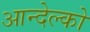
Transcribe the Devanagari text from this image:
आन्देल्को